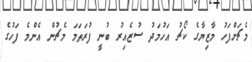
މެޗަށްފަހު މާޒިޔާގެ ކޯޗު އަހުމަދު ސުޒެއިރު ބުނީ ފުރަތަމަ މެޗުން އެންމެ ފަހުގެ